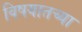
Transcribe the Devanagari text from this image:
विषयातच्या